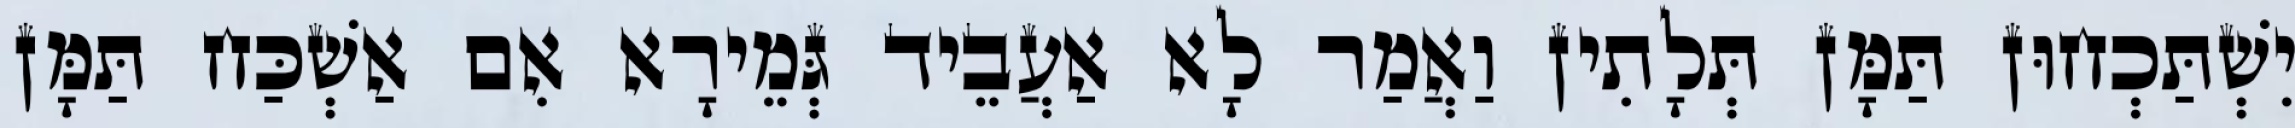
יִשְׁתַּכְחוּן תַּמָּן תְּלָתִין וַאֲמַר לָא אַעֲבֵיד גְּמֵירָא אִם אַשְׁכַּח תַּמָּן